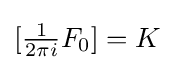
[{\tfrac {1}{2\pi i}}F_{0}]=K